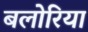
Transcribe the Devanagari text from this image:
बलोरिया